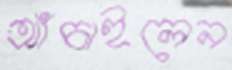
আঁচাইলেন